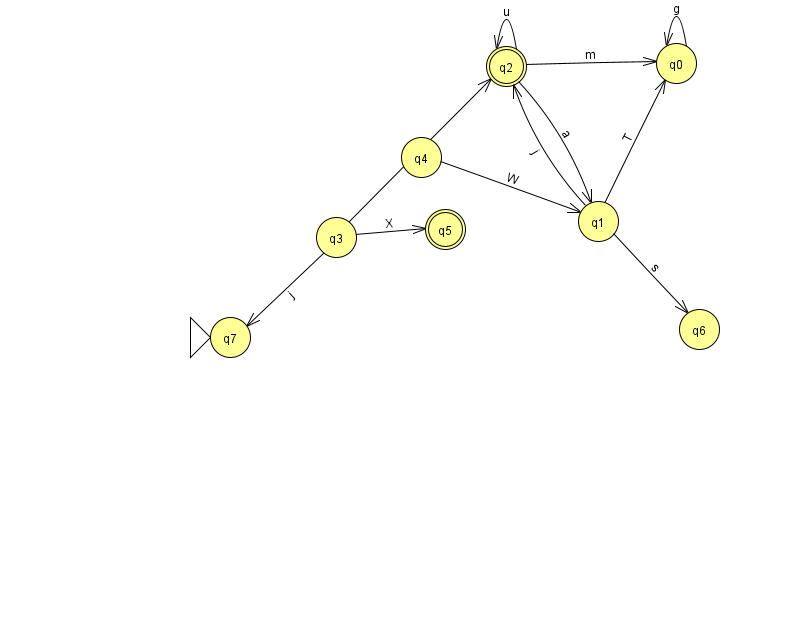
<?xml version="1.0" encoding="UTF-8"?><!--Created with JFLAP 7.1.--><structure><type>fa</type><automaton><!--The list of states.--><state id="0" name="q0"><x>676.0</x><y>50.0</y></state><state id="1" name="q1"><x>598.0</x><y>208.0</y></state><state id="2" name="q2"><x>506.0</x><y>53.0</y><final/></state><state id="3" name="q3"><x>336.0</x><y>224.0</y></state><state id="4" name="q4"><x>421.0</x><y>144.0</y></state><state id="5" name="q5"><x>445.0</x><y>216.0</y><final/></state><state id="6" name="q6"><x>699.0</x><y>316.0</y></state><state id="7" name="q7"><x>230.0</x><y>324.0</y><initial/></state><!--The list of transitions.--><transition><from>2</from><to>0</to><read>m</read></transition><transition><from>1</from><to>2</to><read>j</read></transition><transition><from>1</from><to>0</to><read>T</read></transition><transition><from>1</from><to>6</to><read>s</read></transition><transition><from>3</from><to>2</to><read>v</read></transition><transition><from>3</from><to>7</to><read>j</read></transition><transition><from>2</from><to>2</to><read>u</read></transition><transition><from>0</from><to>0</to><read>g</read></transition><transition><from>2</from><to>1</to><read>a</read></transition><transition><from>4</from><to>1</to><read>W</read></transition><transition><from>3</from><to>5</to><read>X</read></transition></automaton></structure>